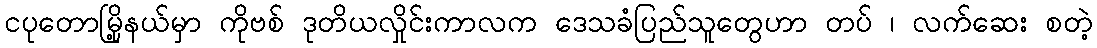
ငပုတောမြို့နယ်မှာ ကိုဗစ် ဒုတိယလှိုင်းကာလက ဒေသခံပြည်သူတွေဟာ တပ် ၊ လက်ဆေး စတဲ့